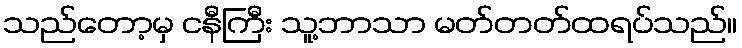
သည်တော့မှ ငနီကြီး သူ့ဘာသာ မတ်တတ်ထရပ်သည်။